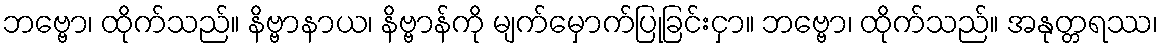
ဘဗ္ဗော၊ ထိုက်သည်။ နိဗ္ဗာနာယ၊ နိဗ္ဗာန်ကို မျက်မှောက်ပြုခြင်းငှာ။ ဘဗ္ဗော၊ ထိုက်သည်။ အနုတ္တရဿ၊